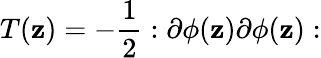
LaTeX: T(\mathbf{z})=-\frac{{1}}{{2}}:\partial\phi(\mathbf{z})\partial\phi(\mathbf{z}):